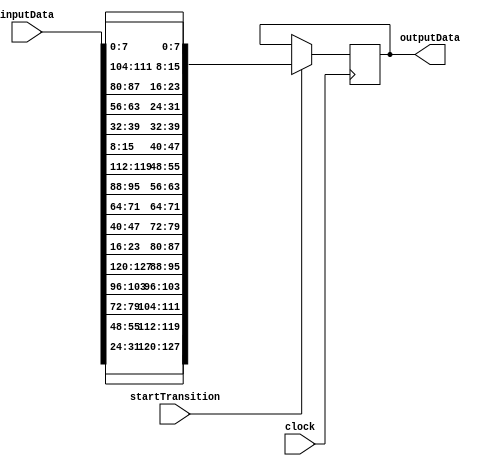
module inv_shift_row(
	input [127:0] inputData,
	input startTransition,
	input clock,
	output reg [127:0] outputData
);


always @(posedge clock) begin 
	if(startTransition == 1) begin 
		outputData = {inputData[31:24],   inputData[55:48],
						  inputData[79:72],   inputData[103:96],
						  inputData[127:120], inputData[23:16],
						  inputData[47:40],   inputData[71:64],
						  inputData[95:88],   inputData[119:112],
						  inputData[15:8],    inputData[39:32],
						  inputData[63:56],   inputData[87:80],
						  inputData[111:104], inputData[7:0]
						 };
	end
end		  
endmodule